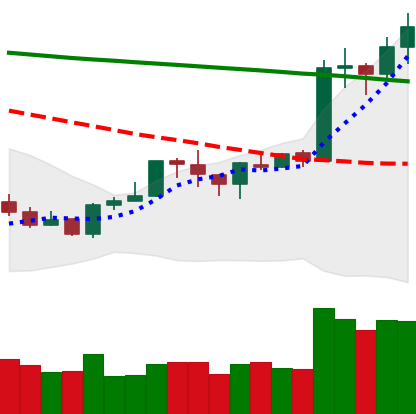
Ticker: ETH-USD
Chart end date: 2020-01-18
Forward return: -7.092%
Label: down_7plus